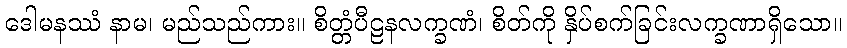
ဒေါမနဿံ နာမ၊ မည်သည်ကား။ စိတ္တံပီဠနလက္ခဏံ၊ စိတ်ကို နှိပ်စက်ခြင်းလက္ခဏာရှိသော။